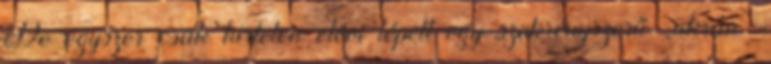
De egyszer csak hirtelen elém lépett egy szekrényszerű „ukrán”